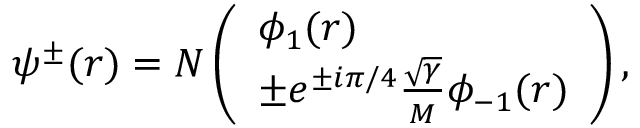
\psi ^ { \pm } ( r ) = N \left( \begin{array} { l } { { \phi _ { 1 } ( r ) } } \\ { { \pm e ^ { \pm i \pi / 4 } \frac { \sqrt { \gamma } } { M } \phi _ { - 1 } ( r ) } } \end{array} \right) ,